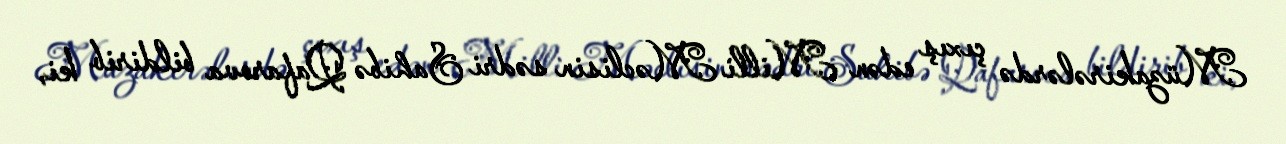
Müzakirələrdə çıxış edən Milli Məclisin sədri Sahibə Qafarova bildirib ki,